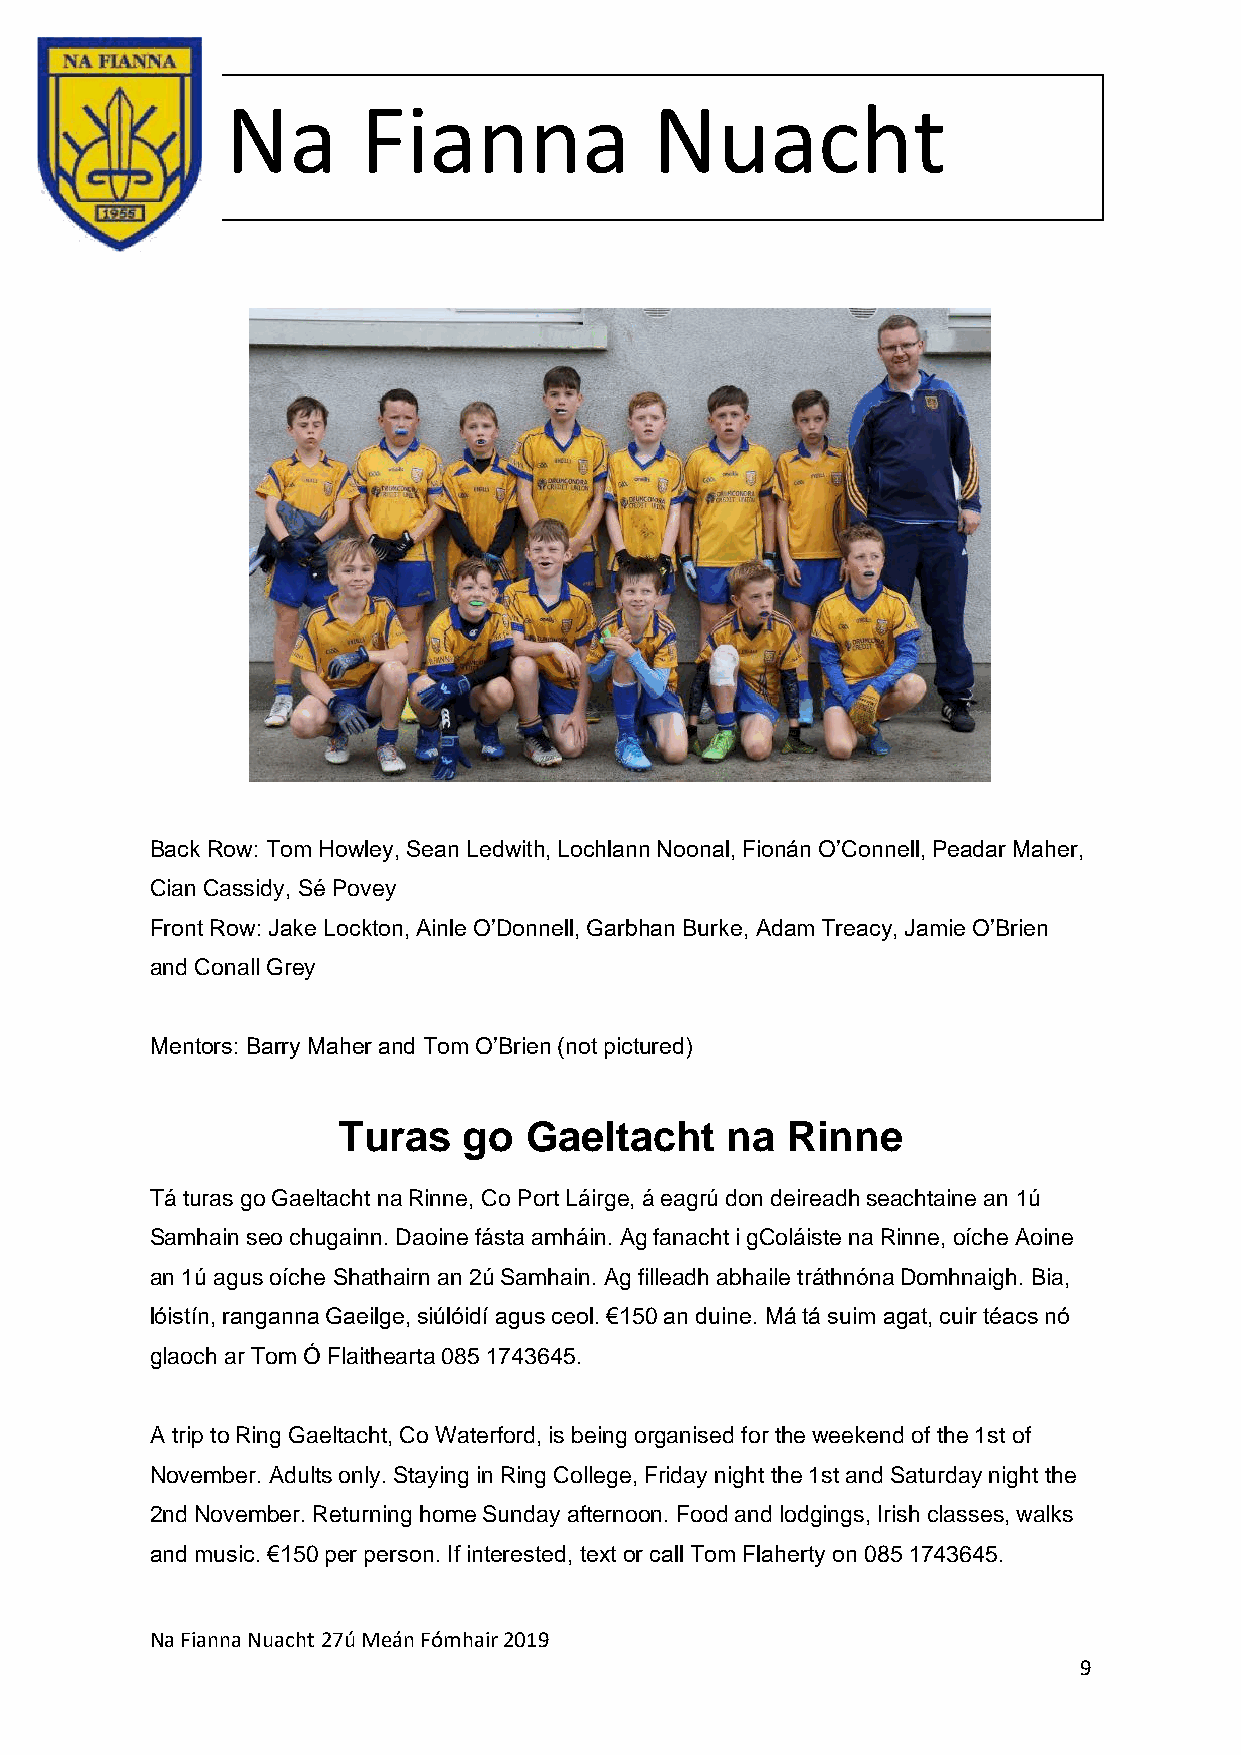
Na       Fianna             Nuacht
 Back Row: Tom Howley, Sean Ledwith, Lochlann Noonal, Fionán O’Connell, Peadar Maher,
 Cian Cassidy, Sé Povey
 Front Row: Jake Lockton, Ainle O’Donnell, Garbhan Burke, Adam Treacy, Jamie O’Brien
 and Conall Grey
 Mentors: Barry Maher and Tom O’Brien (not pictured)
 Turas    go  Gaeltacht    na  Rinne
 Tá turas go Gaeltacht na Rinne, Co Port Láirge, á eagrú don deireadh seachtaine an 1ú
 Samhain seo chugainn. Daoine fásta amháin. Ag fanacht i gColáiste na Rinne, oíche Aoine
 an 1ú agus oíche Shathairn an 2ú Samhain. Ag filleadh abhaile tráthnóna Domhnaigh. Bia,
 lóistín, ranganna Gaeilge, siúlóidí agus ceol. €150 an duine. Má tá suim agat, cuir téacs nó
 glaoch ar Tom Ó Flaithearta 085 1743645.
 A trip to Ring Gaeltacht, Co Waterford, is being organised for the weekend of the 1st of
 November. Adults only. Staying in Ring College, Friday night the 1st and Saturday night the
 2nd November. Returning home Sunday afternoon. Food and lodgings, Irish classes, walks
 and music. €150 per person. If interested, text or call Tom Flaherty on 085 1743645.
 Na Fianna Nuacht 27ú Meán Fómhair 2019
 9